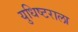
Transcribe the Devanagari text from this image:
युधिष्टराला